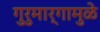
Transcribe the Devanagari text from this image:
गुरुमार्गामुळे